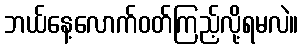
ဘယ်နေ့လောက်ဝတ်ကြည့်လို့ရမလဲ။